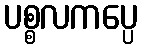
ပစ္စလကပ္ပေ